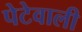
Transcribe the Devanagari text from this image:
पेटेवाली